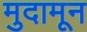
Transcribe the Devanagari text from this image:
मुदामून